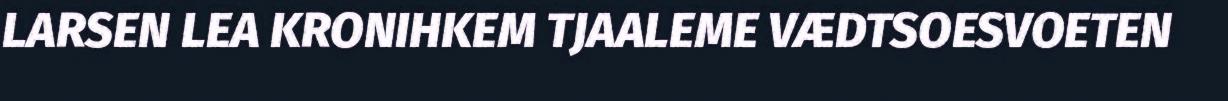
LARSEN LEA KRONIHKEM TJAALEME VÆDTSOESVOETEN